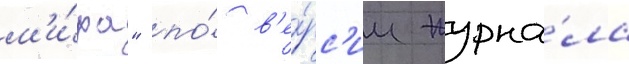
м'и́ра" по́ в'е́рс'ии журна́ла